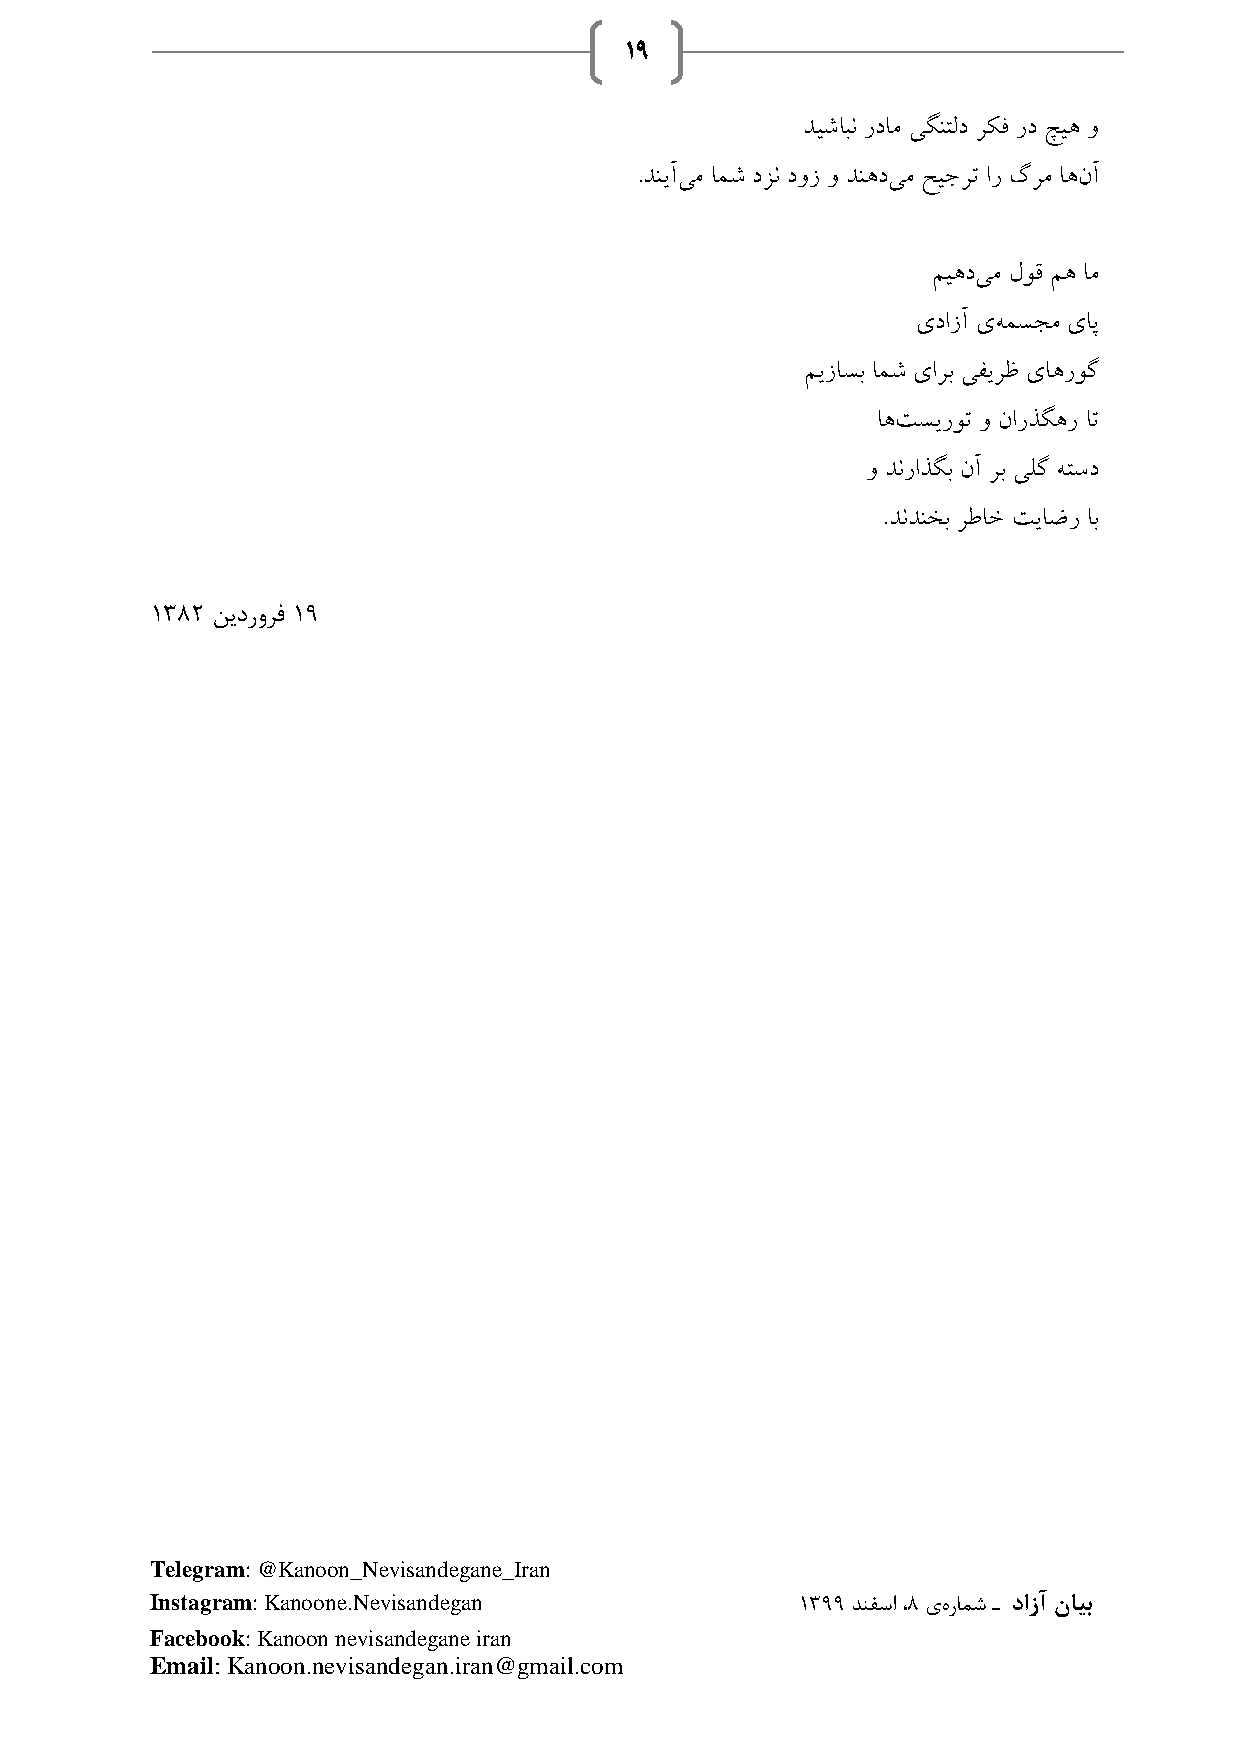
19
 دیشابن ردام یگنتلد رکف رد چیه و
 .دنیآیم امش دزن دوز و دنهدیم حیجرت ار گرم اهنآ
 میهدیم لوق مه ام
 یدازآ یهمسجم یاپ
 میزاسب امش یارب یفیرظ یاهروگ
 اهتسیروت و نارذگهر ات
 و دنراذگب نآ رب یلگ هتسد
 .دندنخب رطاخ تیاضر اب
 1382 نیدرورف 19
 Telegram: @Kanoon_Nevisandegane_Iran
 Instagram: Kanoone.Nevisandegan            1399 دنفسا ،8 یهرامش ـ دازآ نایب
 Facebook: Kanoon nevisandegane iran
 Email: Kanoon.nevisandegan.iran@gmail.com